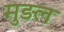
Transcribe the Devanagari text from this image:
मुड़ल